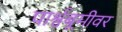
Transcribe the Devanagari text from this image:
पार्श्वबूमीवर